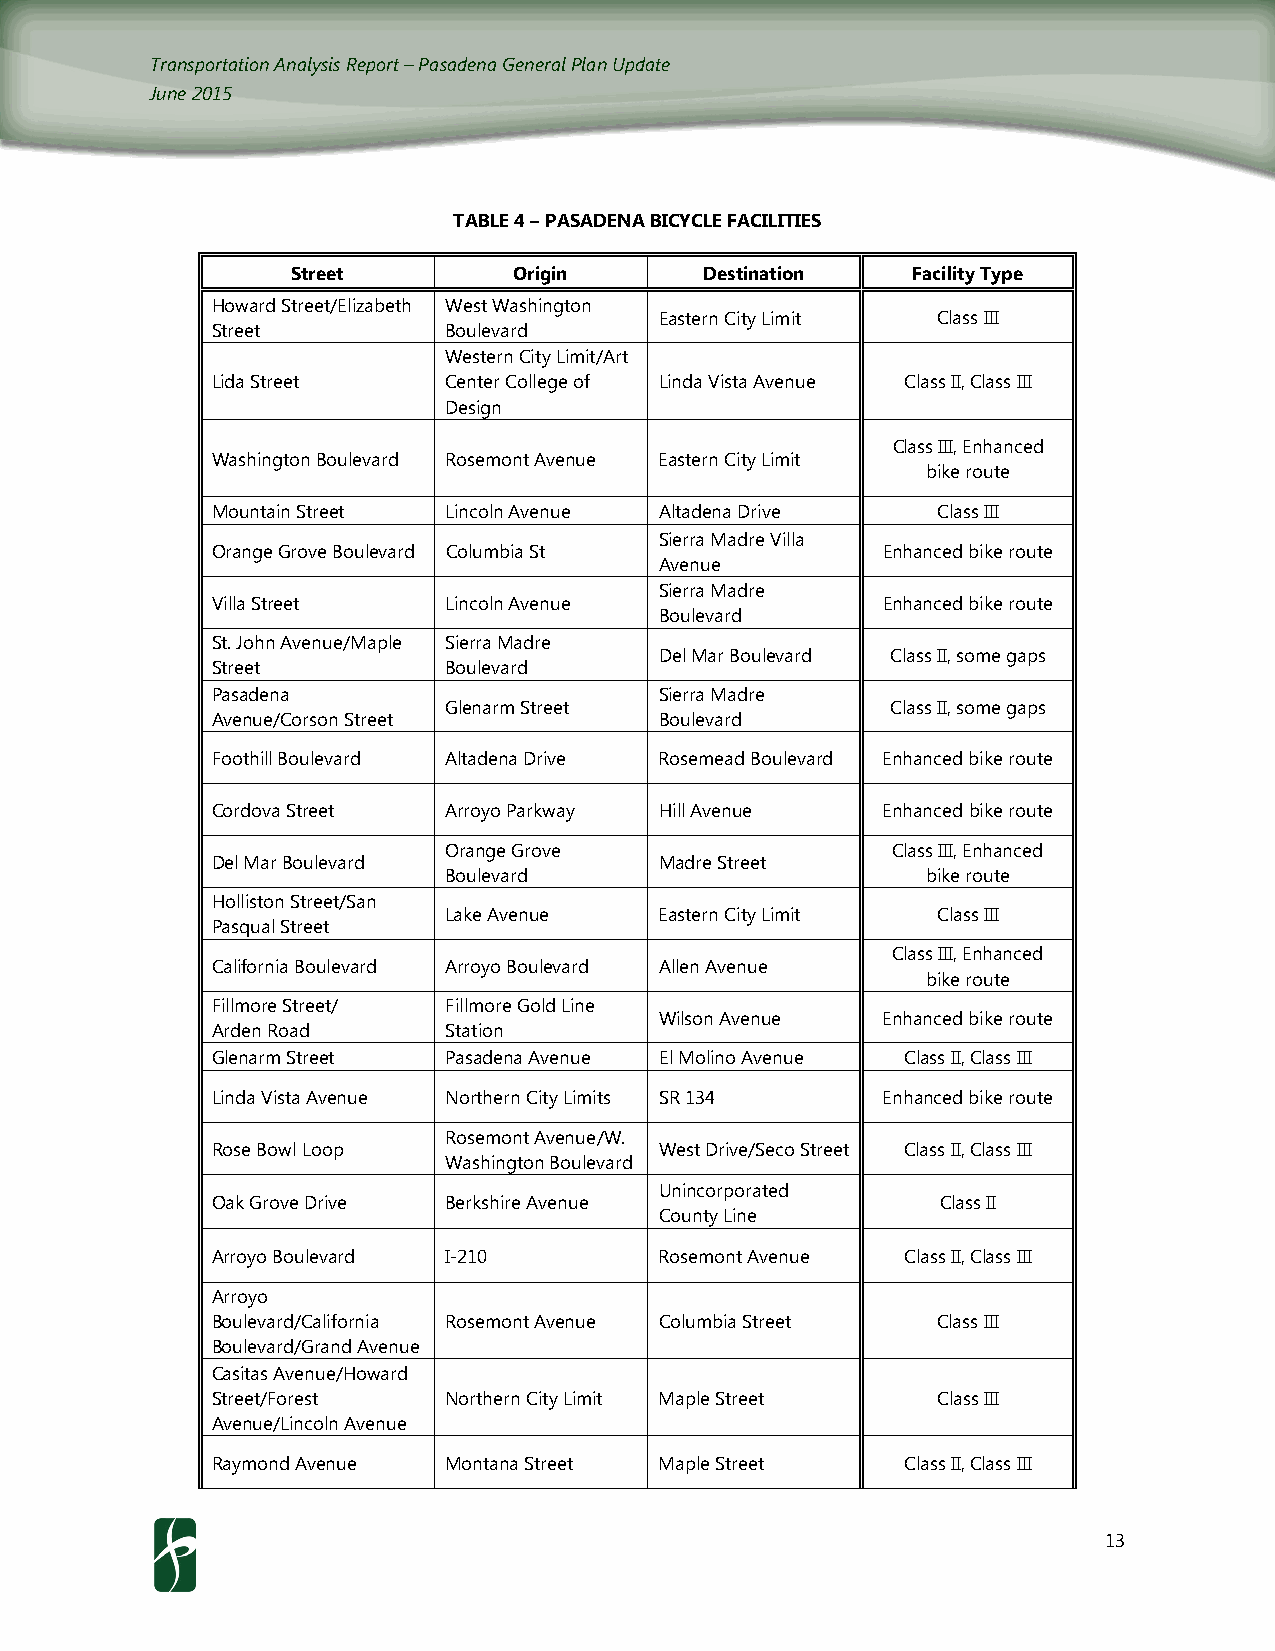
Transportation Analysis Report – Pasadena General Plan Update
 June 2015
 TABLE 4 – PASADENA BICYCLE FACILITIES
 Street         Origin       Destination  Facility Type
 Howard Street/Elizabeth West Washington
 Eastern City Limit Class III
 Street         Boulevard
 Western City Limit/Art
 Lida Street    Center College of Linda Vista Avenue Class II, Class III
 Design
 Class III, Enhanced
 Washington Boulevard Rosemont Avenue Eastern City Limit
 bike route
 Mountain Street Lincoln Avenue Altadena Drive   Class III
 Sierra Madre Villa
 Orange Grove Boulevard Columbia St          Enhanced bike route
 Avenue
 Sierra Madre
 Villa Street   Lincoln Avenue               Enhanced bike route
 Boulevard
 St. John Avenue/Maple Sierra Madre
 Del Mar Boulevard Class II, some gaps
 Street         Boulevard
 Pasadena                      Sierra Madre
 Glenarm Street                Class II, some gaps
 Avenue/Corson Street          Boulevard
 Foothill Boulevard Altadena Drive Rosemead Boulevard Enhanced bike route
 Cordova Street Arroyo Parkway Hill Avenue   Enhanced bike route
 Orange Grove                  Class III, Enhanced
 Del Mar Boulevard             Madre Street
 Boulevard                       bike route
 Holliston Street/San
 Lake Avenue    Eastern City Limit Class III
 Pasqual Street
 Class III, Enhanced
 California Boulevard Arroyo Boulevard Allen Avenue
 bike route
 Fillmore Street/ Fillmore Gold Line
 Wilson Avenue Enhanced bike route
 Arden Road     Station
 Glenarm Street Pasadena Avenue El Molino Avenue Class II, Class III
 Linda Vista Avenue Northern City Limits SR 134 Enhanced bike route
 Rosemont Avenue/W.
 Rose Bowl Loop                West Drive/Seco Street Class II, Class III
 Washington Boulevard
 Unincorporated
 Oak Grove Drive Berkshire Avenue                Class II
 County Line
 Arroyo Boulevard I-210        Rosemont Avenue Class II, Class III
 Arroyo
 Boulevard/California Rosemont Avenue Columbia Street Class III
 Boulevard/Grand Avenue
 Casitas Avenue/Howard
 Street/Forest  Northern City Limit Maple Street Class III
 Avenue/Lincoln Avenue
 Raymond Avenue Montana Street Maple Street    Class II, Class III
 13